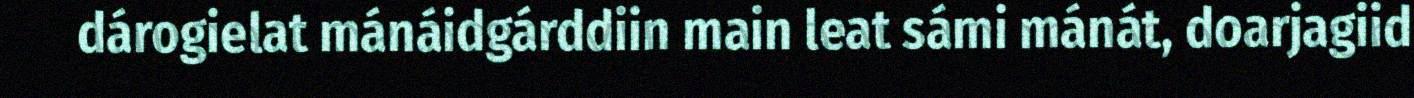
dárogielat mánáidgárddiin main leat sámi mánát, doarjagiid